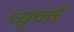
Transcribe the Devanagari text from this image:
प्यूचर्स